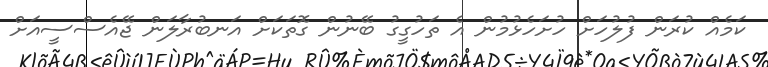
ކަމެއް ކުރަން ފުލުހަށް ހުށަހެޅުމުން އެ ތަހުގީގު ބޭނުން ގޮތަކަށް އަނބުރާލަން ޖޭއެސްސީއަށް